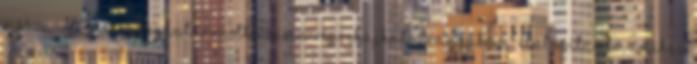
visszaállítása ● Meghatározott számú végrehajható tranzakció – Elutasítandó, amihez